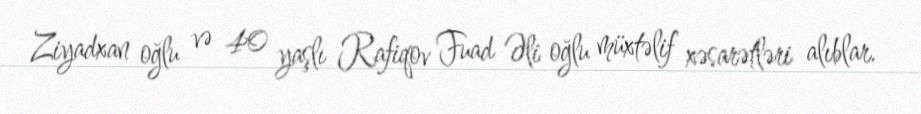
Ziyadxan oğlu və 40 yaşlı Rafiqov Fuad Əli oğlu müxtəlif xəsarətləri alıblar.